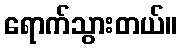
ရောက်သွားတယ်။